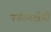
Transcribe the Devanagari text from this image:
पर्यटनक्षेत्री